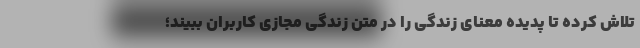
تلاش کرده تا پدیده معنای زندگی را در متن زندگی مجازی کاربران ببیند؛